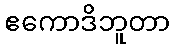
ဧကောဒိဘူတာ